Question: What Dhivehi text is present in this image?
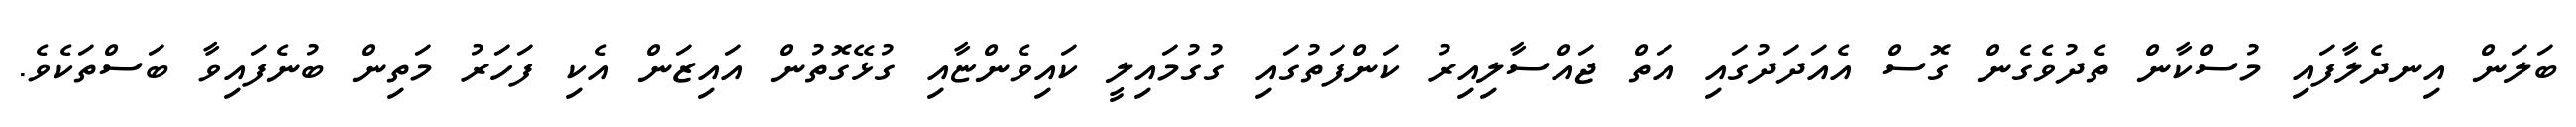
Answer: ބަލަން އިނދެލާފައި މުސްކާން ތެދުވެގެން ގޮސް އެއަދަދުގައި އަތް ޖައްސާލިއިރު ކަންފަތުގައި ގުގުމައިލީ ކައިވެންޏާއި ގުޅޭގޮތުން އައިޒަން އެކި ފަހަރު މަތިން ބުނެފައިވާ ބަސްތަކެވެ.